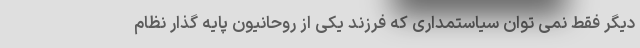
دیگر فقط نمی توان سیاستمداری که فرزند یکی از روحانیون پایه گذار نظام